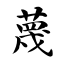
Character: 蔑